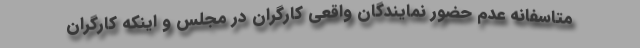
متاسفانه‌ عدم حضور نمایندگان واقعی کارگران در مجلس و اینکه کارگران